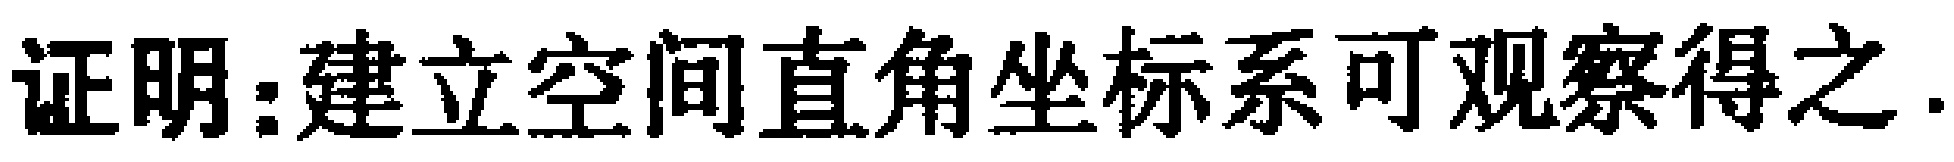
证明：建立空间直角坐标系可观察得之.